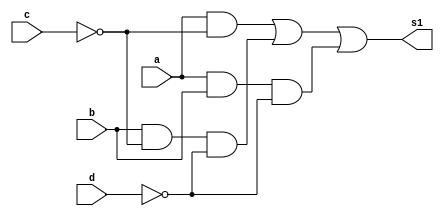
/*
 * Exemplo_0705 - GATES
 * Nome Gabriel Vargas Bento de Souza
*/

// -------------------------
// f7_gates
// -------------------------
module isMoreThan (output s1,
                   input  a, b, 
                   input  c, d);
   
   // a.c' +b.c'.d' + a.b.d'
   assign s1 = ( a &       ~c )
             | (       b & ~c & ~d )
             | ( a &  b &       ~d );

endmodule // isMoreThan


module isLessThan (output s1,
                   input  a, b, 
                   input  c, d);
   
   // descrever por portas
   assign s1 = (~a &        c )
             | (      ~b &  c &  d )
             | (~a & ~b &        d );

endmodule // isLessThan

// -------------------------
// multiplexer
// -------------------------
module mux (output s,
            input  a, b, c1);

   // definir dados locais
   wire not_c1;
   wire sa, sb;

   // descrever por portas
   not NOT1 (not_c1, c1);
   
   and AND1 (sa, a, not_c1);   // 0
   and AND2 (sb, b,     c1);   // 1

   or  OR1  (s, sa, sb);
endmodule // mux

// -------------------------
// main
// -------------------------
module test_f7;
   
   // definir dados
   reg  c;
   reg  [1:0] x;
   reg  [1:0] y;
   wire s1, s2, s;

   isLessThan LESS1 (s1, x[1], x[0], y[1], y[0]);
   isMoreThan MORE1 (s2, x[1], x[0], y[1], y[0]);

   mux        MUX   (s, s1, s2, c);
   
   // parte principal
   initial
   begin : main
      $display("\n Exemplo_0707 - Gabriel Vargas Bento de Souza - 778023\n");
      $display(" x   y   s1  s2  c  s");
      $display(" --------**------------ 0 -menor");
      $monitor("%3b %3b %2b %3b %3b %2b", 
                x,  y,  s1, s2, c, s);

      // projetar testes do modulo
         x[1] = 1'b0; x[0] = 1'b0; y[1] = 1'b0; y[0] = 1'b0; c = 1'b0;
      #1                                        y[0] = 1'b1;
      #1                           y[1] = 1'b1; y[0] = 1'b0;
      #1                                        y[0] = 1'b1;
      #1              x[0] = 1'b1; y[1] = 1'b0; y[0] = 1'b0;
      #1                                        y[0] = 1'b1;
      #1                           y[1] = 1'b1; y[0] = 1'b0;
      #1                                        y[0] = 1'b1;
      #1 x[1] = 1'b1; x[0] = 1'b0; y[1] = 1'b0; y[0] = 1'b0;
      #1                                        y[0] = 1'b1;
      #1                           y[1] = 1'b1; y[0] = 1'b0;
      #1                                        y[0] = 1'b1;
      #1              x[0] = 1'b1; y[1] = 1'b0; y[0] = 1'b0;
      #1                                        y[0] = 1'b1;
      #1                           y[1] = 1'b1; y[0] = 1'b0;
      #1                                        y[0] = 1'b1;
      #1 x[1] = 1'b0; x[0] = 1'b0; y[1] = 1'b0; y[0] = 1'b0; c = 1'b1;

      $display("\n x   y   s1  s2  c  s");
      $display(" ------------**-------- 1 - maior");
      #1                                        y[0] = 1'b1;
      #1                           y[1] = 1'b1; y[0] = 1'b0;
      #1                                        y[0] = 1'b1;
      #1              x[0] = 1'b1; y[1] = 1'b0; y[0] = 1'b0;
      #1                                        y[0] = 1'b1;
      #1                           y[1] = 1'b1; y[0] = 1'b0;
      #1                                        y[0] = 1'b1;
      #1 x[1] = 1'b1; x[0] = 1'b0; y[1] = 1'b0; y[0] = 1'b0;
      #1                                        y[0] = 1'b1;
      #1                           y[1] = 1'b1; y[0] = 1'b0;
      #1                                        y[0] = 1'b1;
      #1              x[0] = 1'b1; y[1] = 1'b0; y[0] = 1'b0;
      #1                                        y[0] = 1'b1;
      #1                           y[1] = 1'b1; y[0] = 1'b0;
      #1                                        y[0] = 1'b1;

   end
endmodule // test_f7

// -------------------------
// test
// -------------------------
/*
---------- previsao ----------
     a      b      c      d
m   x[1]   x[0]   y[1]   y[0]    >      <
                                      
0   0      0      0      0      0      0 
1   0      0      0      1      0      1  
2   0      0      1      0      0      1  
3   0      0      1      1      0      1  

4   0      1      0      0      1      0  
5   0      1      0      1      0      0  
6   0      1      1      0      0      1  
7   0      1      1      1      0      1  

8   1      0      0      0      1      0  
9   1      0      0      1      1      0  
10  1      0      1      0      0      0  
11  1      0      1      1      0      1  

12  1      1      0      0      1      0  
13  1      1      0      1      1      0  
14  1      1      1      0      1      0  
15  1      1      1      1      0      0

isMoreThan(x,y){}

SoP(4, 8, 9, 12, 13, 14)

                                           |
                              E            |            F
           ab\cd  |     c'    |     c'     |     c      |     c       
                  |     00    |     01     |     11     |     10      
__________________|___________|____________|____________|__________________
      a'   00     |   - (0)   |    - (1)   |    - (3)   |    - (2)    b' D
  A --------------|-----------|------------|------------|------------------
      a'   01     |   1 (4)   |    - (5)   |    - (7)   |    - (6)    b 
__________________|___________|____________|____________|_____________   C  
      a    11     |   1 (12)  |    1 (13)  |    - (15)  |    1 (14)   b
  B --------------|-----------|------------|------------|------------------
      a    10     |   1 (8)   |    1 (9)   |    - (11)  |    - (10)   b' D
__________________|___________|____________|____________|_________________
                       d'     |     d            d      |      d'
                              |                         |
                              |                         |
                       H                   G                   H

Com ( 8, 9,12,13) = a.c'
Com ( 4,12)       = b .c'.d'
Com (12,14)       = a. b .d'

a.c' +b.c'.d' + a.b.d'



isLessThan(x,y){}

SoP(1, 2, 3, 6, 7, 11)

                                           |
                              E            |            F
           ab\cd  |     c'    |     c'     |     c      |     c       
                  |     00    |     01     |     11     |     10      
__________________|___________|____________|____________|__________________
      a'   00     |   - (0)   |    1 (1)   |    1 (3)   |    1 (2)    b' D
  A --------------|-----------|------------|------------|------------------
      a'   01     |   - (4)   |    - (5)   |    1 (7)   |    1 (6)    b 
__________________|___________|____________|____________|_____________   C  
      a    11     |   - (12)  |    - (13)  |    - (15)  |    - (14)   b
  B --------------|-----------|------------|------------|------------------
      a    10     |   - (8)   |    - (9)   |    1 (11)  |    - (10)   b' D
__________________|___________|____________|____________|_________________
                       d'     |     d            d      |      d'
                              |                         |
                              |                         |
                       H                   G                   H

Com ( 2, 3, 6, 7) = a'.c
Com ( 1, 3)       = a'.b'.d
Com ( 3,11)       = b'.c.d

a'.c + a'.b'.d + b'.c.d

---------- execucao ----------

C:\Users\Gabriel\Desktop\CC-PUC\2Periodo\ARQ1\Tarefas\Guia07>vvp Exemplo_0707.vvp

 Exemplo_0707 - Gabriel Vargas Bento de Souza - 778023

 x   y   s1  s2  c  s
 --------**------------ 0 -menor
 00  00  0   0   0  0
 00  01  1   0   0  1
 00  10  1   0   0  1
 00  11  1   0   0  1
 01  00  0   1   0  0
 01  01  0   0   0  0
 01  10  1   0   0  1
 01  11  1   0   0  1
 10  00  0   1   0  0
 10  01  0   1   0  0
 10  10  0   0   0  0
 10  11  1   0   0  1
 11  00  0   1   0  0
 11  01  0   1   0  0
 11  10  0   1   0  0
 11  11  0   0   0  0

 x   y   s1  s2  c  s
 ------------**-------- 1 - maior
 00  00  0   0   1  0
 00  01  1   0   1  0
 00  10  1   0   1  0
 00  11  1   0   1  0
 01  00  0   1   1  1
 01  01  0   0   1  0
 01  10  1   0   1  0
 01  11  1   0   1  0
 10  00  0   1   1  1
 10  01  0   1   1  1
 10  10  0   0   1  0
 10  11  1   0   1  0
 11  00  0   1   1  1
 11  01  0   1   1  1
 11  10  0   1   1  1
 11  11  0   0   1  0
*/